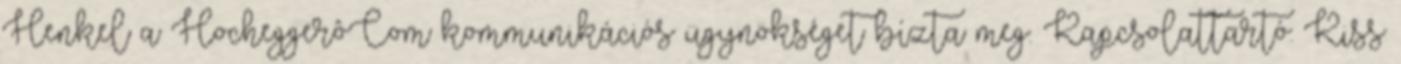
Henkel a HocheggerôCom kommunikációs ügynökséget bízta meg. Kapcsolattartó: Kiss